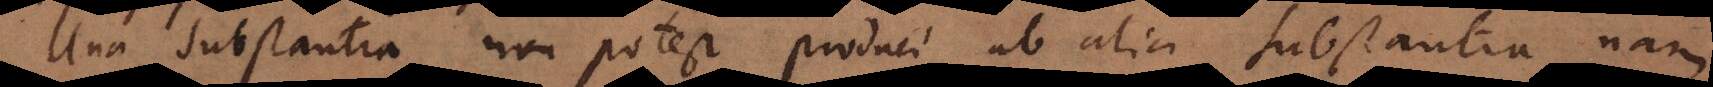
Una substantia non potest produci ab alia substantia, nam